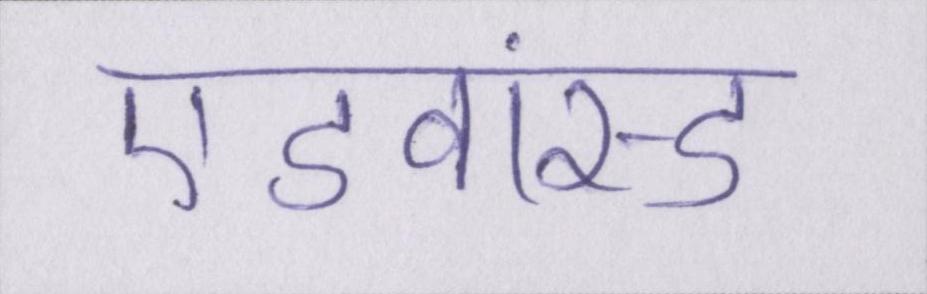
एडवांस्ड